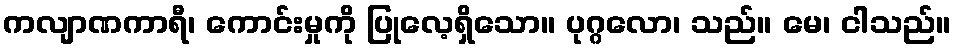
ကလျာဏကာရီ၊ ကောင်းမှုကို ပြုလေ့ရှိသော။ ပုဂ္ဂလော၊ သည်။ မေ၊ ငါသည်။